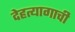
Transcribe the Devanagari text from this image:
देहत्यागाची